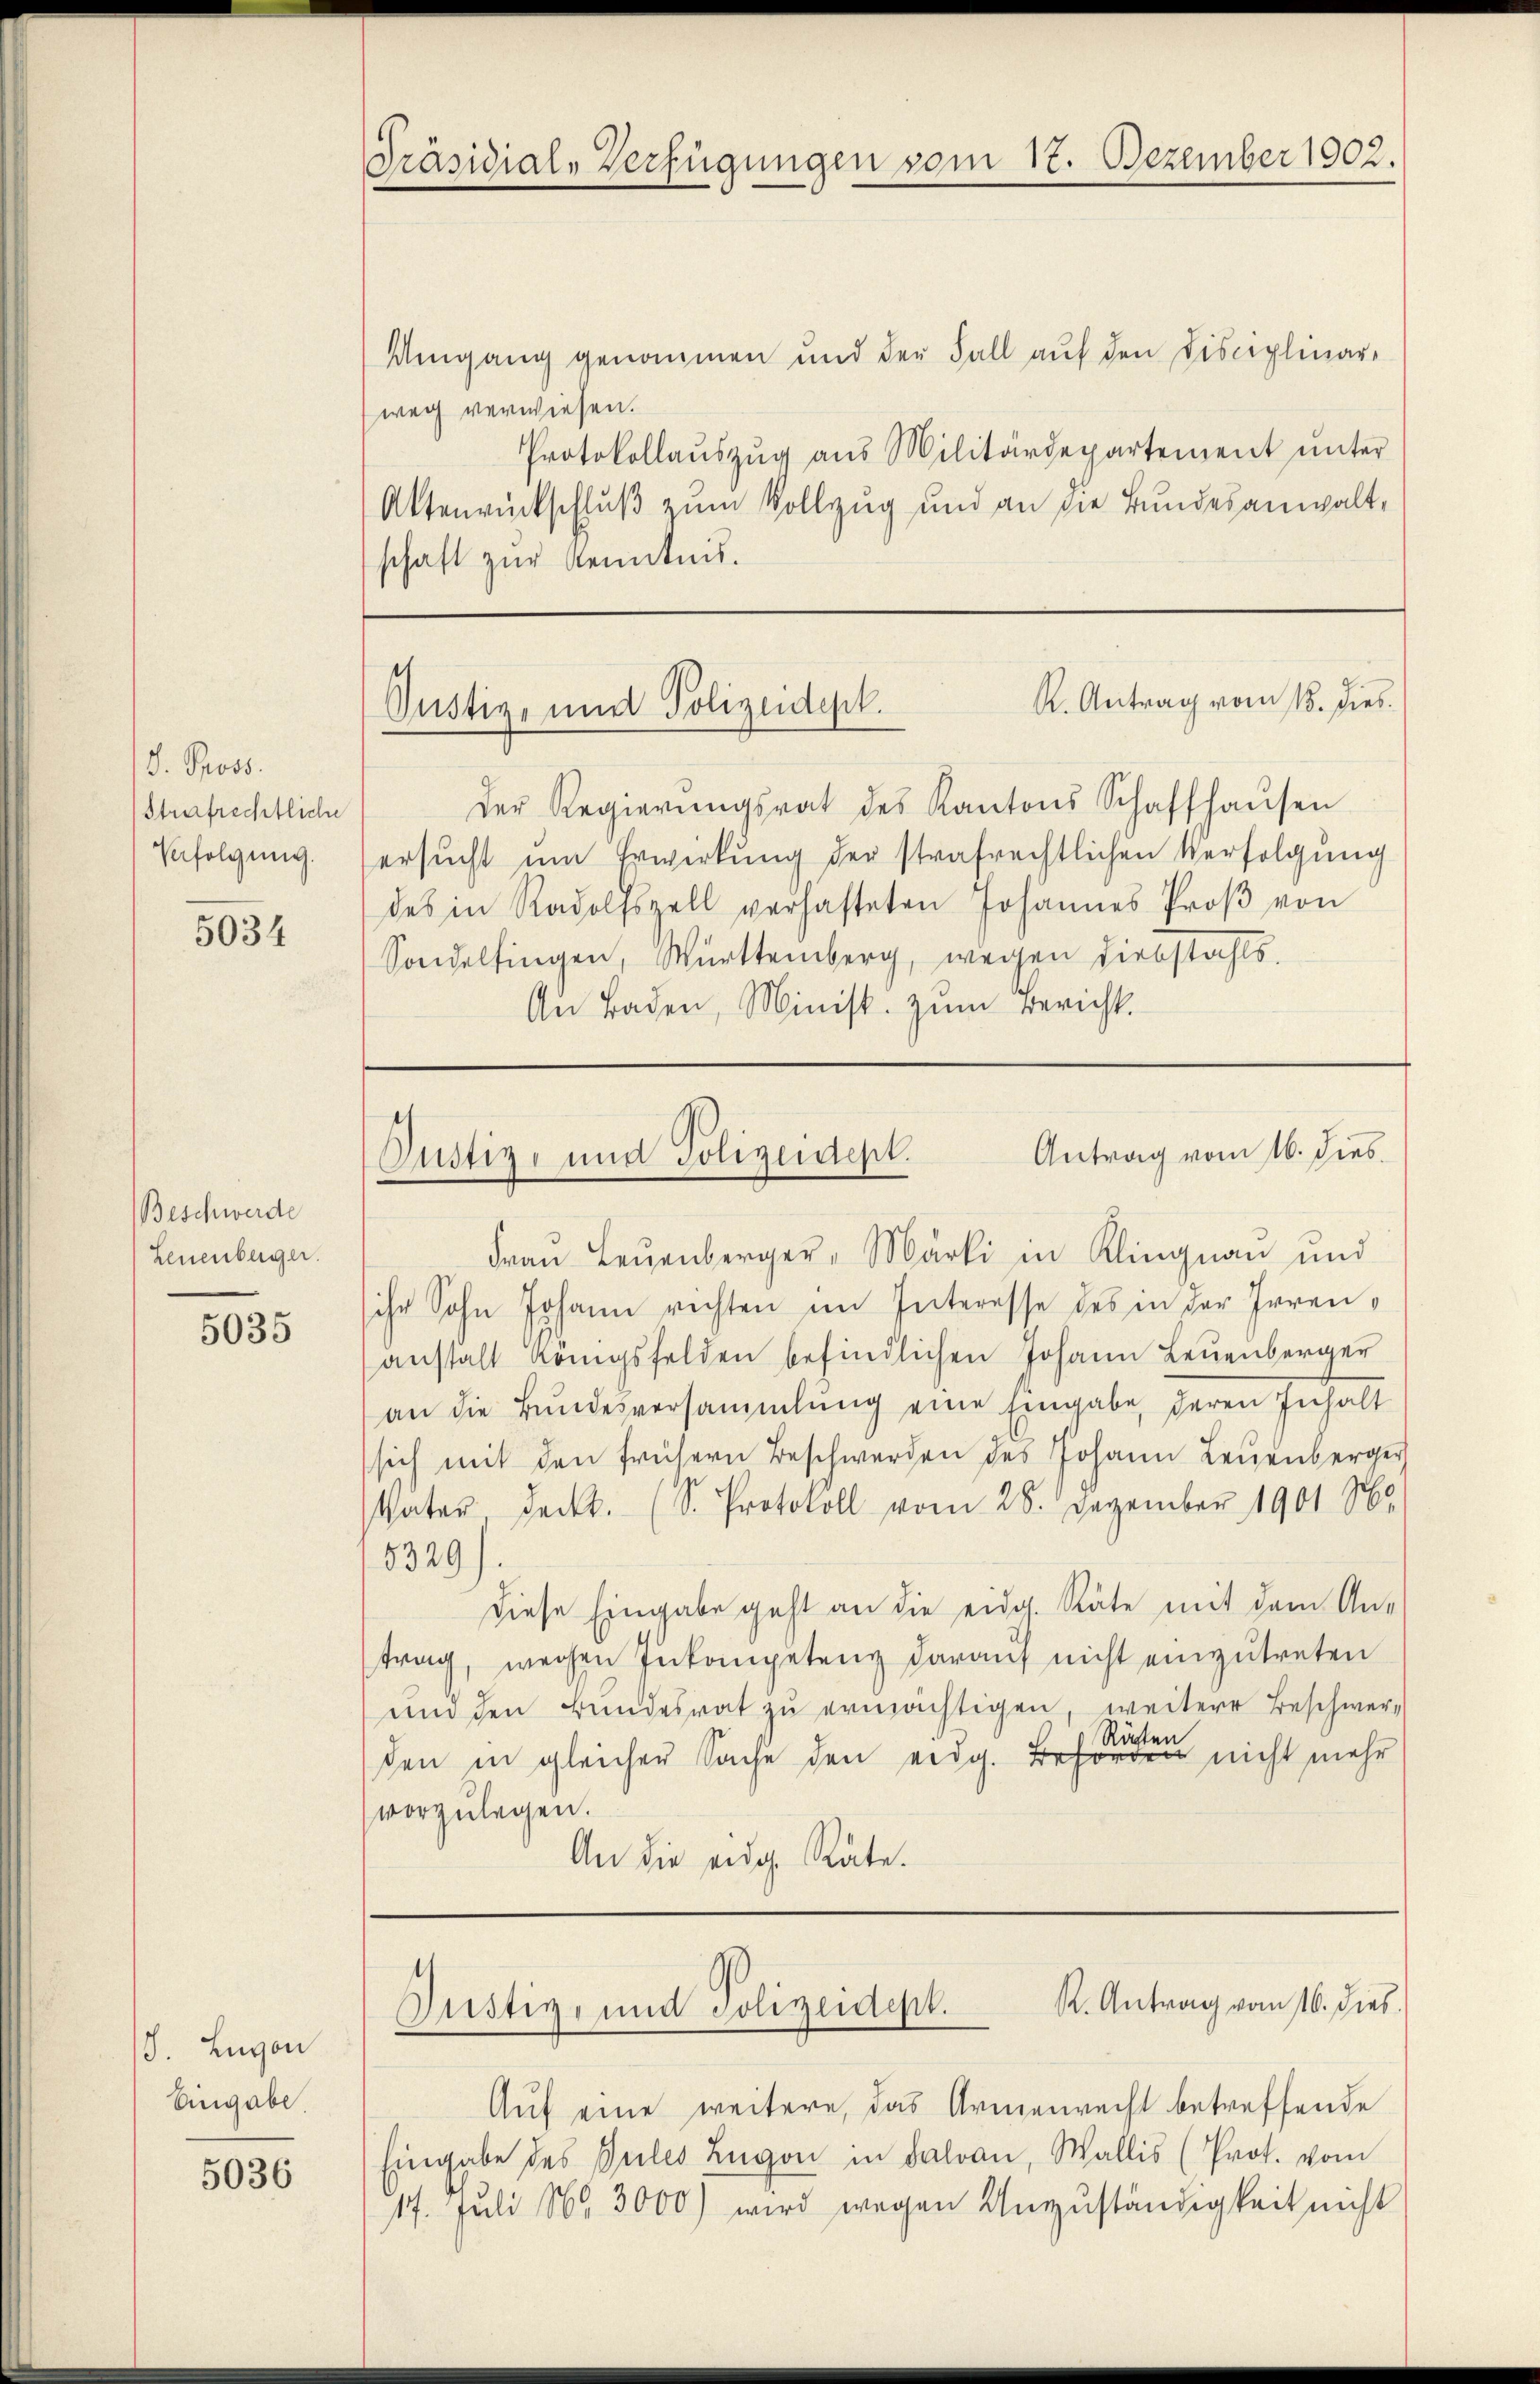
d. Pross.
Strafrechtliche
Verfolgung.

5034

Beschwerde
Leuenberger.

5035

/8. Levon
Eingabe.

5036

Umgang genommen und der Fall auf den Disciplinar-
weg verwiesen.
Protokollaŭszŭg aŭs Militärdepartement ŭnter
Attenrückschluß zum Vollzug und an die Bundesanwalt,
schaft zur Kenntnis.

Präsidial-Verfügungen vom 12. Dezember 1902.

R. Antrag vom 18. dies
Justiz- und Polizeidepk.

Der Regierŭngsrat des Kantons Schaffhaŭsen
ersucht um Erwirkung der strafrechtlichen Verfolgung
des in Radolfszell verhafteten Johannes Proβ von
Sondelfingen, Württemberg, wegen Diebstahls.
An Baden, Minist. zum Bericht.

Frau Leuenberger, Märti in Klingnau und
ihr Sohn Johann richten im Interesse des in der Irrenanstalt königsfelden befindlichen Johann Leuenberger
an die Bŭndesversammlung eine Eingabe deren Inhalt
sich mit den frühern Beschwerden des Johann Leuenberger
Väter deckt. (S. Protokoll vom 28. Dezember 1901 S.
5329
diese Eingabe geht an die eidg. Räte mit dem An-
trag, wegen Inkompetenz darauf nicht einzutreten
und den Bundesrat zŭ ermächtigen, weitere Beschwer-
den in gleicher Sache den eidg. nicht mehr
vorzulegen.
An die eidg Räte.

Antrag vom 16. dies
Justiz- und Polizeidept.

K. Antrag vom 16. dies
Justiz- und Polizeidept.

Auf eine weitere, das Armenrecht betreffende
Eingabe des Pules Zŭgon in daran, Wallis (Prot. vom
17. Juli 1865 3000) wird wegen Unzuständigkeit nicht